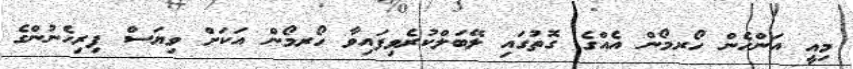
މިއީ އަންހެން ހޯރމޯން އެއްގެ ގޮތުގައި ލޭބަލްކުރެވިފައިވާ ހޯރމޯން އަކަށް ވިޔަސް ފިރިހެނުންގެ